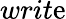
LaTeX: writ\mathrm{e}